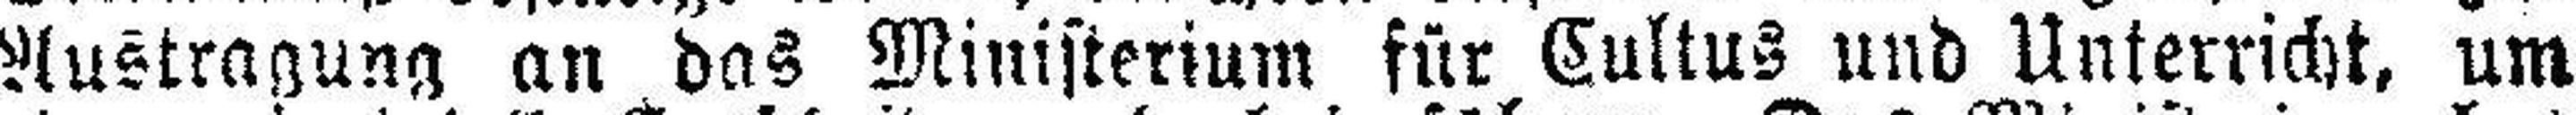
Austragung an das Ministerium für Cultus und Unterricht, um